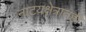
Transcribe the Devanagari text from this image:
नाटय़क्षेत्रातही